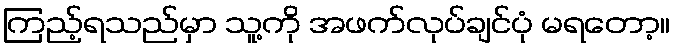
ကြည့်ရသည်မှာ သူ့ကို အဖက်လုပ်ချင်ပုံ မရတော့။